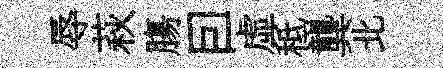
辱萩膓囙虚秪龔北